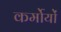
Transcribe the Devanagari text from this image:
कर्मोयों